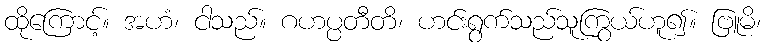
ထိုကြောင့်။ အဟံ၊ ငါသည်။ ဂဟပ္ပတီတိ၊ ဟင်းရွက်သည်သူကြွယ်ဟူ၍။ ဗြူမိ၊